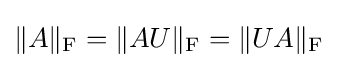
\|A\|_{\text{F}}=\|AU\|_{\text{F}}=\|UA\|_{\text{F}}